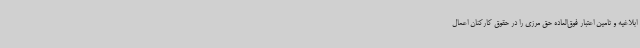
ابلاغیه و تامین اعتبار فوق‌العاده حق مرزی را در حقوق کارکنان اعمال